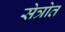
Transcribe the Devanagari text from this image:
सेत्रोत